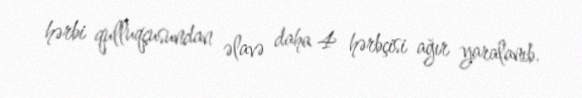
hərbi qulluqçusundan əlavə daha 4 hərbçisi ağır yaralanıb.